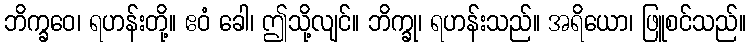
ဘိက္ခဝေ၊ ရဟန်းတို့။ ဧဝံ ခေါ၊ ဤသို့လျင်။ ဘိက္ခု၊ ရဟန်းသည်။ အရိယော၊ ဖြူစင်သည်။